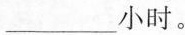
___小时。